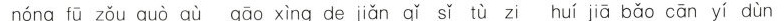
nóng fū zǒu guò qù gāo xìng de jiǎn qǐ sǐ tù zi huí jiā bǎo cān yí dùn